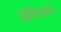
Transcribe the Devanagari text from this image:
कॉमिक्सने